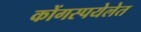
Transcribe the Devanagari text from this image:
कोंगस्पयेलेत